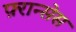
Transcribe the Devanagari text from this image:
फ़्रान्सेस